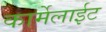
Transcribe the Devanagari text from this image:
कार्मेलाईट